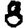
Digit: 8